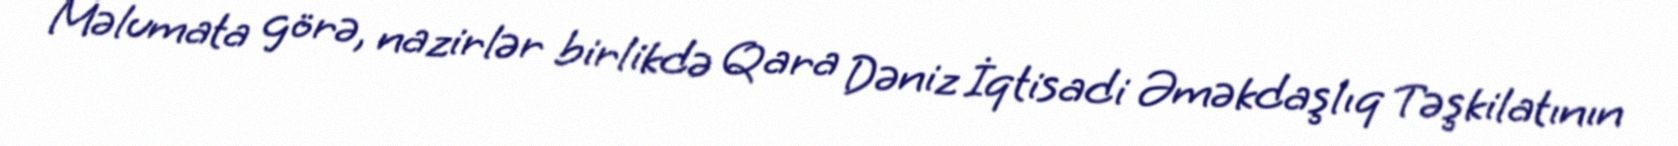
Məlumata görə, nazirlər birlikdə Qara Dəniz İqtisadi Əməkdaşlıq Təşkilatının